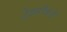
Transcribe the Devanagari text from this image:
ट्रेझरीकडे